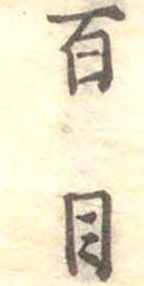
百目